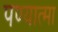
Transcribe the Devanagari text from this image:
पण्यात्मा